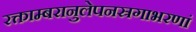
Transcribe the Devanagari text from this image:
रक्ताम्बरानुलेपनस्रगाभरणां